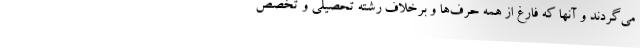
می‌گردند و آنها که فارغ از همه حرف‌ها و برخلاف رشته تحصیلی و تخصص